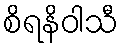
စိရနိဝါသီ